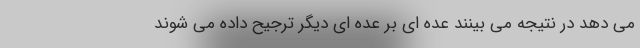
می دهد در نتیجه می بینند عده ای بر عده ای دیگر ترجیح داده می شوند